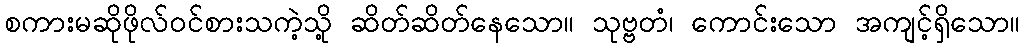
စကားမဆိုဖိုလ်ဝင်စားသကဲ့သို့ ဆိတ်ဆိတ်နေသော။ သုဗ္ဗတံ၊ ကောင်းသော အကျင့်ရှိသော။